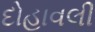
દોહાવલી